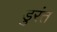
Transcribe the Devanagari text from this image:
डुरंत